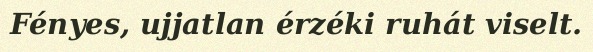
Fényes, ujjatlan érzéki ruhát viselt.